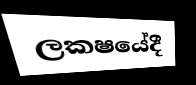
ලකෂයේදී